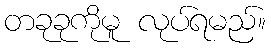
တခုခုကိုမူ လုပ်ရမည်။